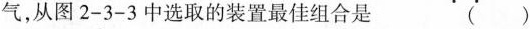
气，从图2-3-3中选取的装置最佳组合是()